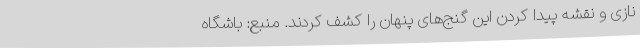
نازی و نقشه‌ پیدا کردن این گنج‌های پنهان را کشف کردند. منبع: باشگاه